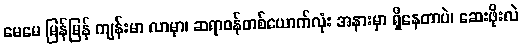
မေမေ မြန်မြန် ကျန်းမာ လာမှာ၊ ဆရာဝန်တစ်ယောက်လုံး အနားမှာ ရှိနေတာပဲ၊ ဆေးဖိုးလဲ